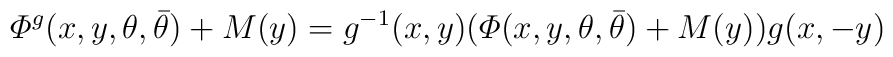
{\mit\Phi}^g(x,y,\theta,\bar{\theta})+M(y)=g^{-1}(x,y)       ({\mit\Phi}(x,y,\theta,\bar{\theta})+M(y))g(x,-y)                              \\